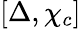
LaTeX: [\Delta,\chi_{c}]